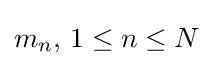
m_{n},\,1\leq n\leq N